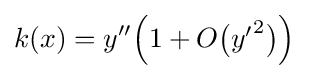
k(x)=y''{\Bigl (}1+O{\bigl (}{\textstyle y'}^{2}{\bigr )}{\Bigr )}